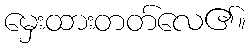
မှေးထားတတ်လေ၏။